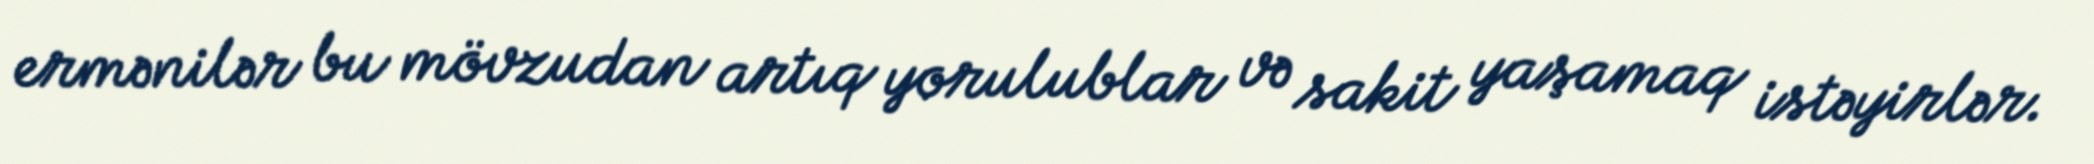
ermənilər bu mövzudan artıq yorulublar və sakit yaşamaq istəyirlər.